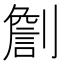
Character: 𠟧